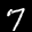
Label: 7